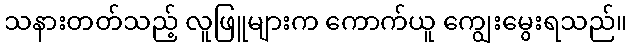
သနားတတ်သည့် လူဖြူများက ကောက်ယူ ကျွေးမွေးရသည်။